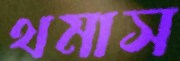
থমাস